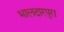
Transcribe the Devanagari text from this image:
भालदारपुरा